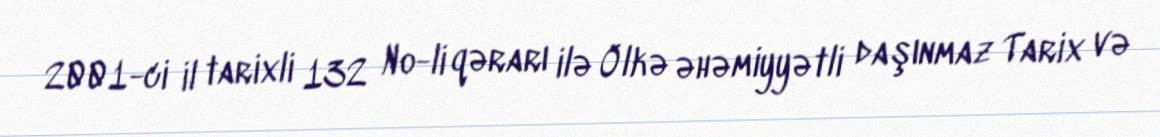
2001-ci il tarixli 132 №-li qərarı ilə Ölkə əhəmiyyətli daşınmaz Tarix və